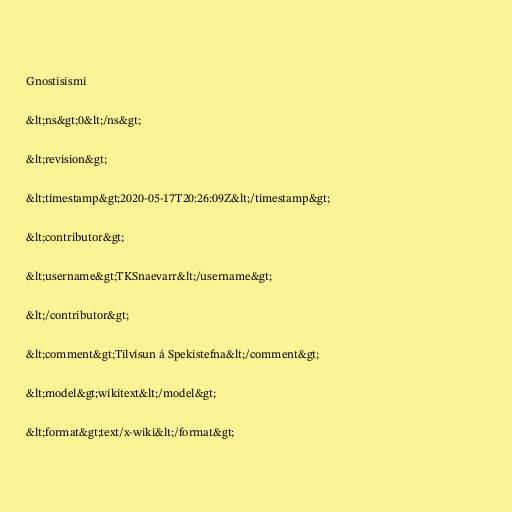
Gnostisismi

&lt;ns&gt;0&lt;/ns&gt;

&lt;revision&gt;

&lt;timestamp&gt;2020-05-17T20:26:09Z&lt;/timestamp&gt;

&lt;contributor&gt;

&lt;username&gt;TKSnaevarr&lt;/username&gt;

&lt;/contributor&gt;

&lt;comment&gt;Tilvísun á Spekistefna&lt;/comment&gt;

&lt;model&gt;wikitext&lt;/model&gt;

&lt;format&gt;text/x-wiki&lt;/format&gt;